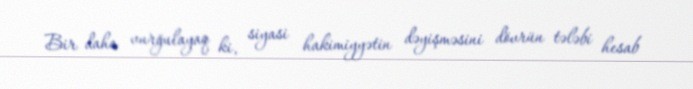
Bir daha vurğulayaq ki, siyasi hakimiyyətin dəyişməsini dövrün tələbi hesab